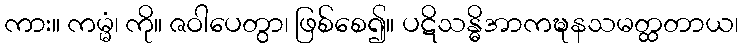
ကား။ ကမ္မံ၊ ကို။ ဇဝါပေတွာ၊ ဖြစ်စေ၍။ ပဋိသန္ဓိအာကဍ္ဎနသမတ္ထတာယ၊